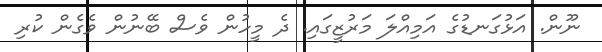
ނޫން. އަޅުގަނޑުގެ އަމިއްލަ މަރުޒީގައި. ދެ މީހުން ވެސް ބޭނުން ވެގެން ކުރި